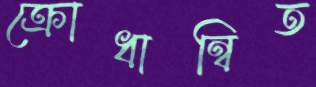
ক্রোধান্বিত